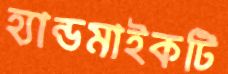
হ্যান্ডমাইকটি